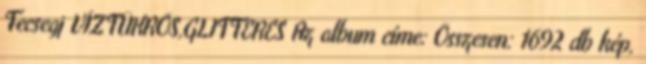
Fecsegj VÍZTÜKRÖS,GLITTERES Az album címe: Összesen: 1692 db kép,